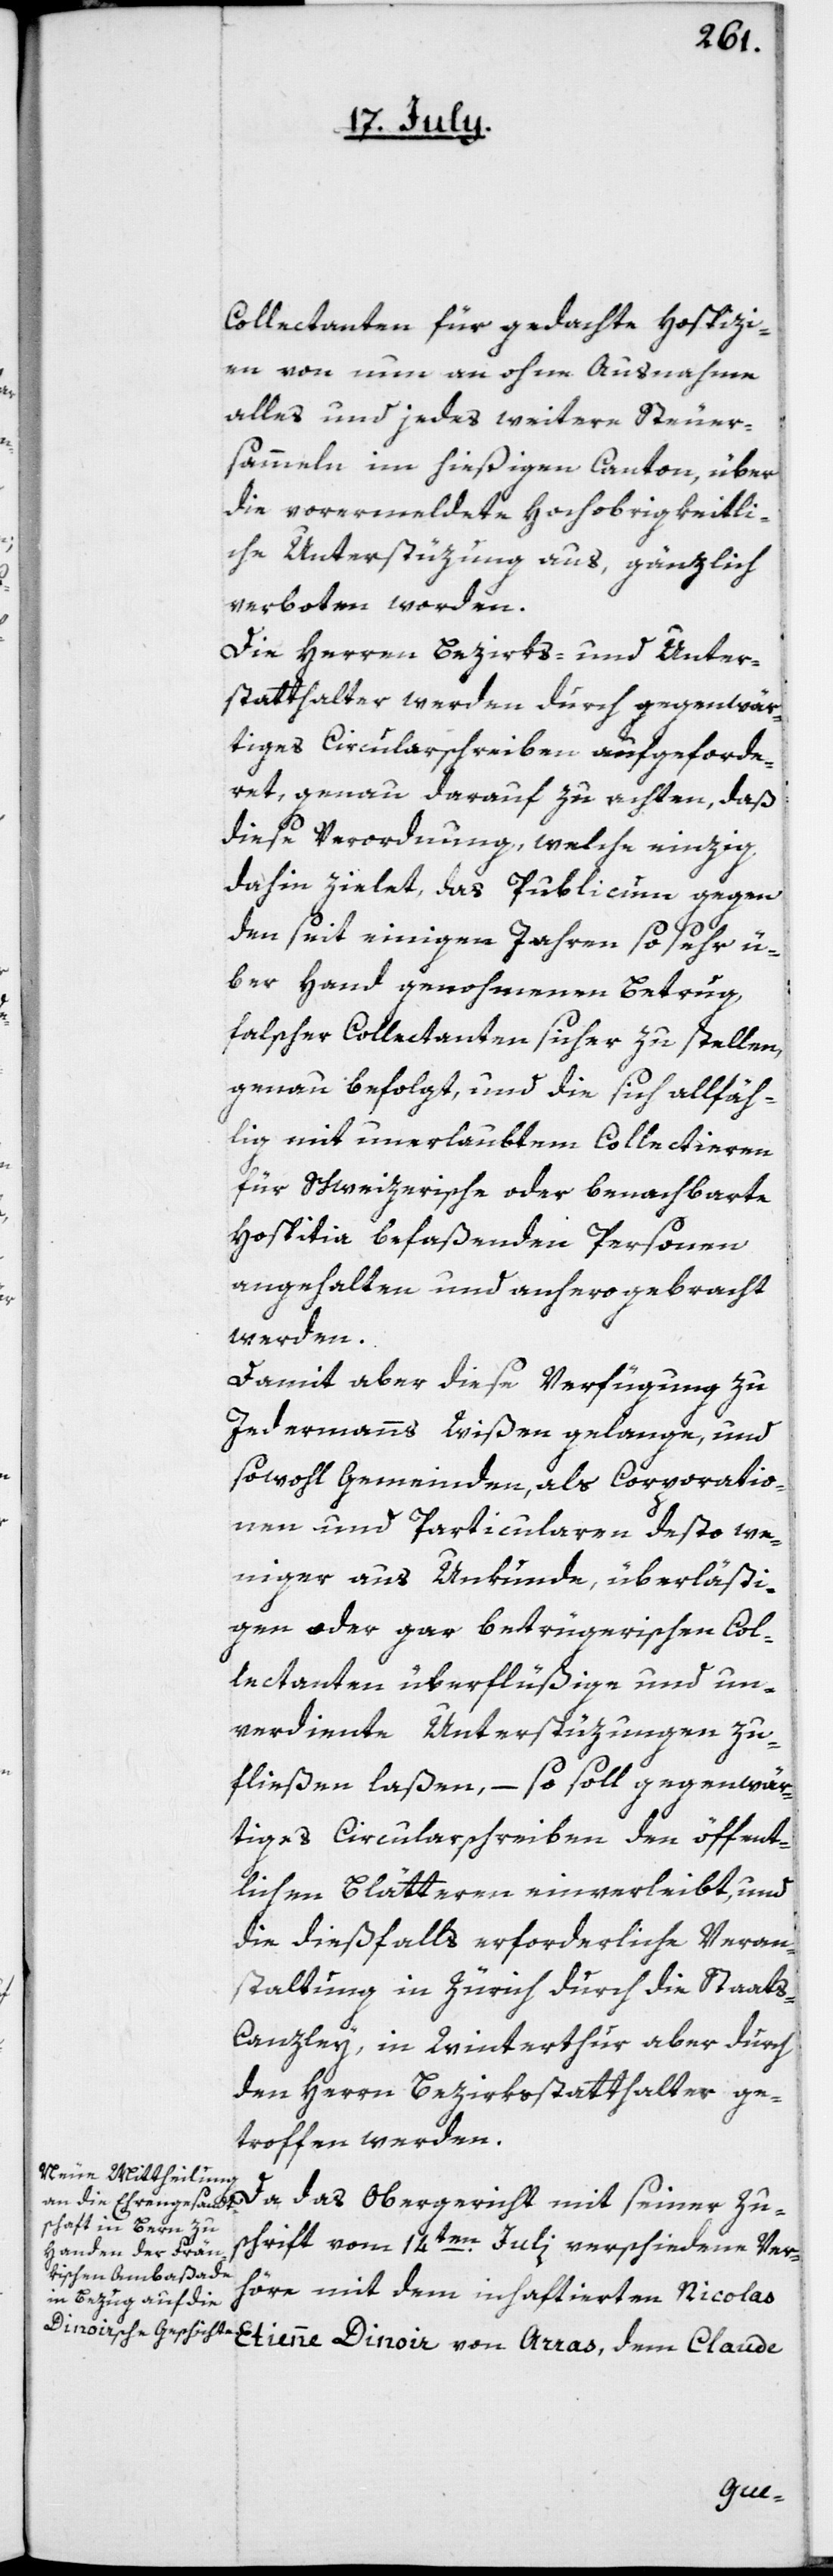
Collectanten für gedachte Hospizi¬
en von nun an ohne Ausnahme
alles und jedes weitere Steuer¬
sammeln im hießigen Canton, über
die vorermeldete Hochobrigkeitli¬
che Unterstüzung aus, gänzlich
verboten worden.
Die Herren Bezirks- und Unter¬
statthalter werden durch gegenwär¬
tiges Circularschreiben aufgeforde¬
ret, genau darauf zu achten, daß
diese Verordnung, welche einzig
dahin zielet, das Publicum gegen
den seit einigen Jahren so sehr ü¬
ber Hand genohmenen Betrug
falscher Collectanten sicher zu stellen,
genau befolgt, und die sich allfälh¬
ig mit unerlaubtem Collectieren
für Schweizerische oder benachbarte
Hospitia befaßenden Personen
angehalten und anhero gebracht
werden.
Damit aber diese Verfügung zu
Jedermanns Wißen gelange, und
sowohl Gemeinden, als Corporatio¬
nen und Particularen desto we¬
niger aus Unkunde, überlästi¬
gen oder gar betrügerischen Col¬
lectanten überflüßige und un¬
verdiente Unterstüzungen zu¬
fließen laßen, – so soll gegenwär¬
tiges Circularschreiben den öffent¬
lichen Blätteren einverleibt, und
die dießfalls erforderliche Veran¬
staltung in Zürich durch die Staat¬
s-Canzley, in Winterthur aber durch
den Herrn Bezirksstatthalter ge¬
troffen werden.
Da das Obergericht mit seiner Zu¬
schrift vom 14ten Julii verschiedene Verh¬
öre mit dem inhaftierten Nicolas
Etienne Dinoir von Arras, dem Claude